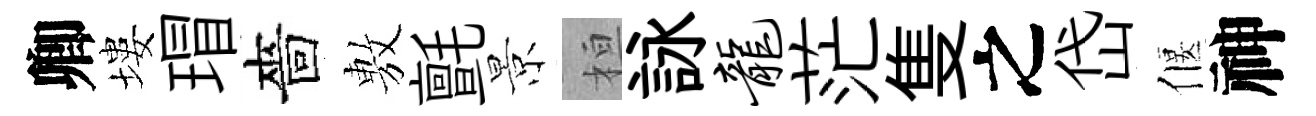
卿塿瑁嗇𢾾氈景桓詠龙茫隻之岱偃神